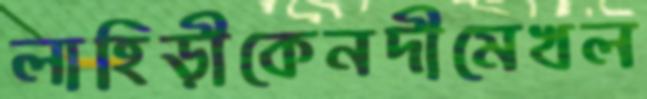
লাহিড়ীকেনদীমেখল